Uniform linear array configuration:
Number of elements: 4
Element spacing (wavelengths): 1
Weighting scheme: blackman
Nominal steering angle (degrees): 15
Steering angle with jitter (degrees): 14.942
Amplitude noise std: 0.05
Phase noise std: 0.05

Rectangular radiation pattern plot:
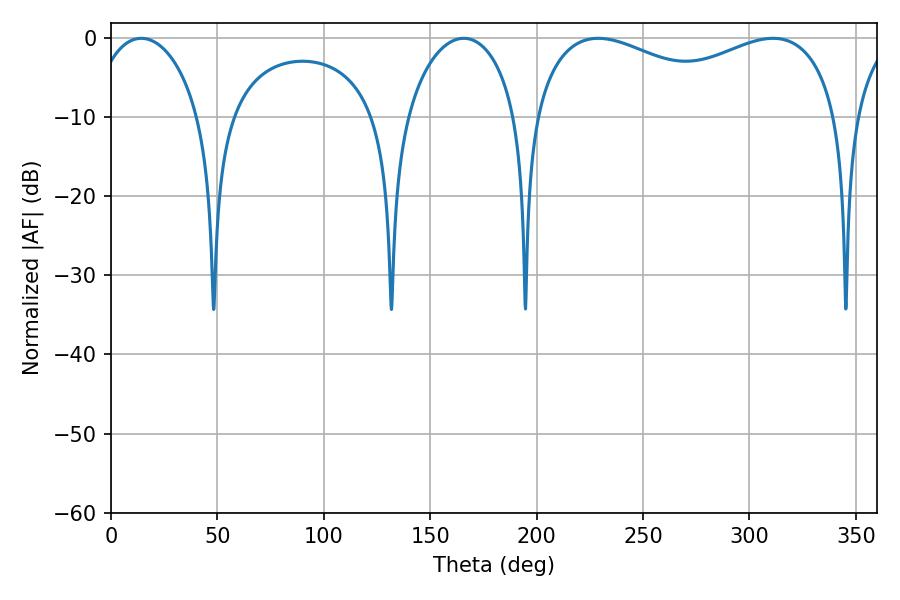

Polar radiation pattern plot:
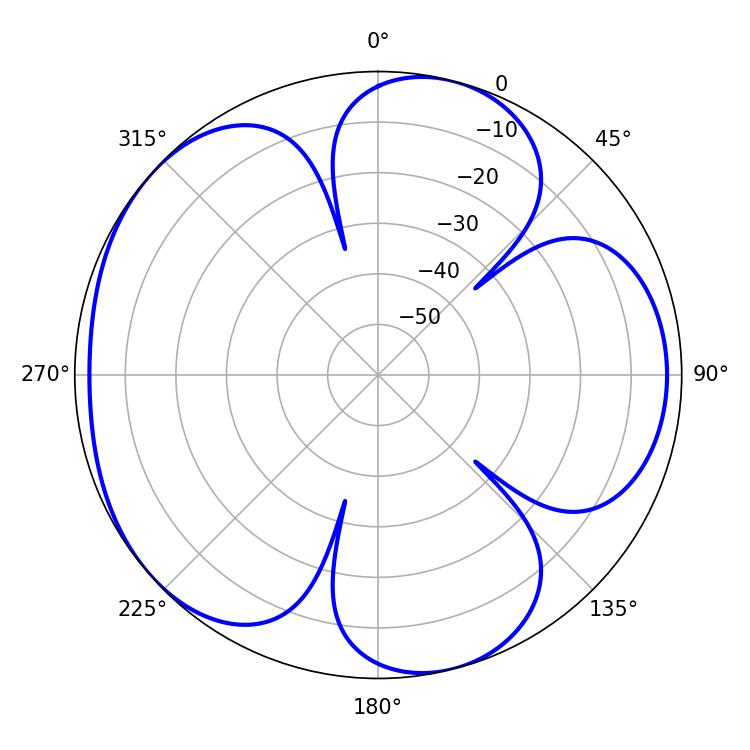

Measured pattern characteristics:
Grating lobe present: TRUE
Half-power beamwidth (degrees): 119.16
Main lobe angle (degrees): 311.04